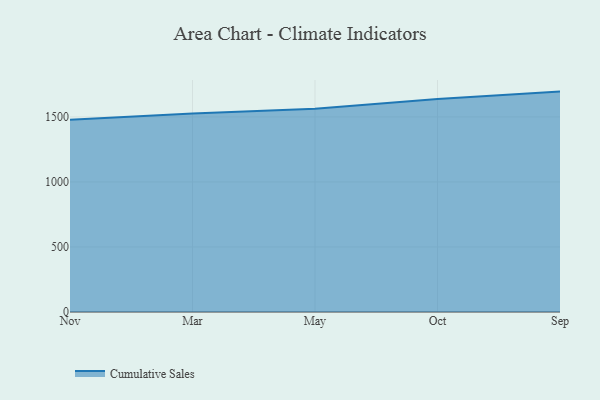
{"axis": {"x": "Month", "y": "Page Views"}, "legend": ["Cumulative Sales"], "data": [{"x": "Nov", "y": 1479.0, "type": "Cumulative Sales"}, {"x": "Mar", "y": 1526.3, "type": "Cumulative Sales"}, {"x": "May", "y": 1561.9, "type": "Cumulative Sales"}, {"x": "Oct", "y": 1637.8, "type": "Cumulative Sales"}, {"x": "Sep", "y": 1694.5, "type": "Cumulative Sales"}]}